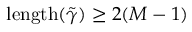
\mathrm { l e n g t h } ( \tilde { \gamma } ) \ge 2 ( M - 1 )